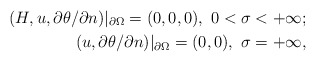
\begin{align*} (H, u,\partial \theta /\partial n)|_{\partial \Omega}=(0,0,0), \ 0< \sigma < +\infty;\\( u,\partial \theta /\partial n)|_{\partial {\Omega}}=(0,0),\ \sigma= +\infty,\end{align*}